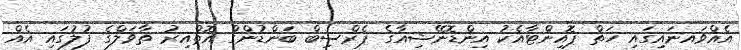
އެއްވައނައިގައި ހަތް ޕޮއިންޓާއެކު އިންޑޮނޭޝިއާގެ ޕެރްސިބް ބަންޑުންގް އޮތްއިރު ތާވަލްގެ ފުލުގައި އެއް